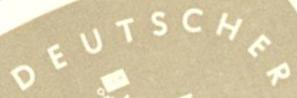
DEUTSCHER